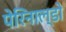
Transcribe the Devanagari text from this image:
पेरिनाल्डो